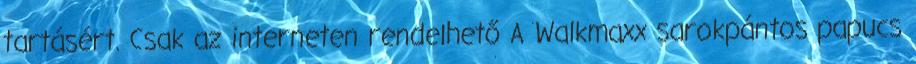
tartásért. Csak az interneten rendelhető A Walkmaxx sarokpántos papucs